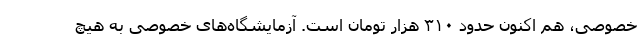
خصوصی، هم اکنون حدود ۳۱۰ هزار تومان است. آزمایشگاه‌های خصوصی به هیچ